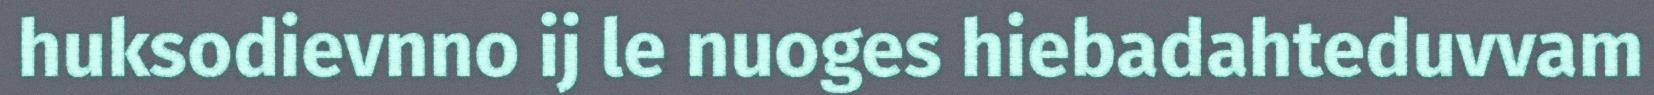
huksodievnno ij le nuoges hiebadahteduvvam